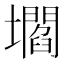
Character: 壛